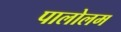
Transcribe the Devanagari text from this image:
पालोलम